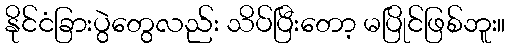
နိုင်ငံခြားပွဲတွေလည်း သိပ်ပြီးတော့ မပြိုင်ဖြစ်ဘူး။